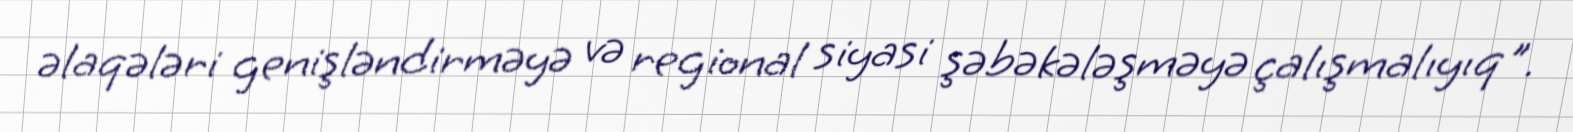
əlaqələri genişləndirməyə və regional siyasi şəbəkələşməyə çalışmalıyıq".